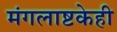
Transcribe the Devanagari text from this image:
मंगलाष्टकेही